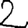
Digit: 2